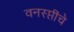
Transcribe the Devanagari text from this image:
वनस्प्तींचे